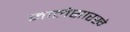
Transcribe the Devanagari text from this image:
नालेसारखे